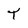
Character: T